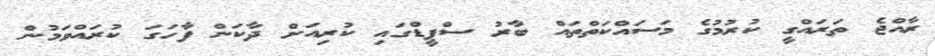
ރާއްޖެ ތަރައްގީ ކުރުމުގެ މަސައްކަތްތައް ބާރު ސްޕީޑްގައި ކުރިއަށް ދާކަން ފާހަގަ ކުރައްވަމުން